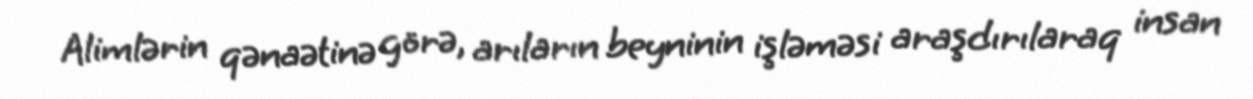
Alimlərin qənaətinə görə, arıların beyninin işləməsi araşdırılaraq insan